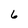
Character: 6